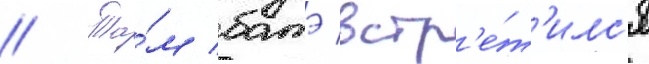
// Та́м батэ встр'е́т'илс'я